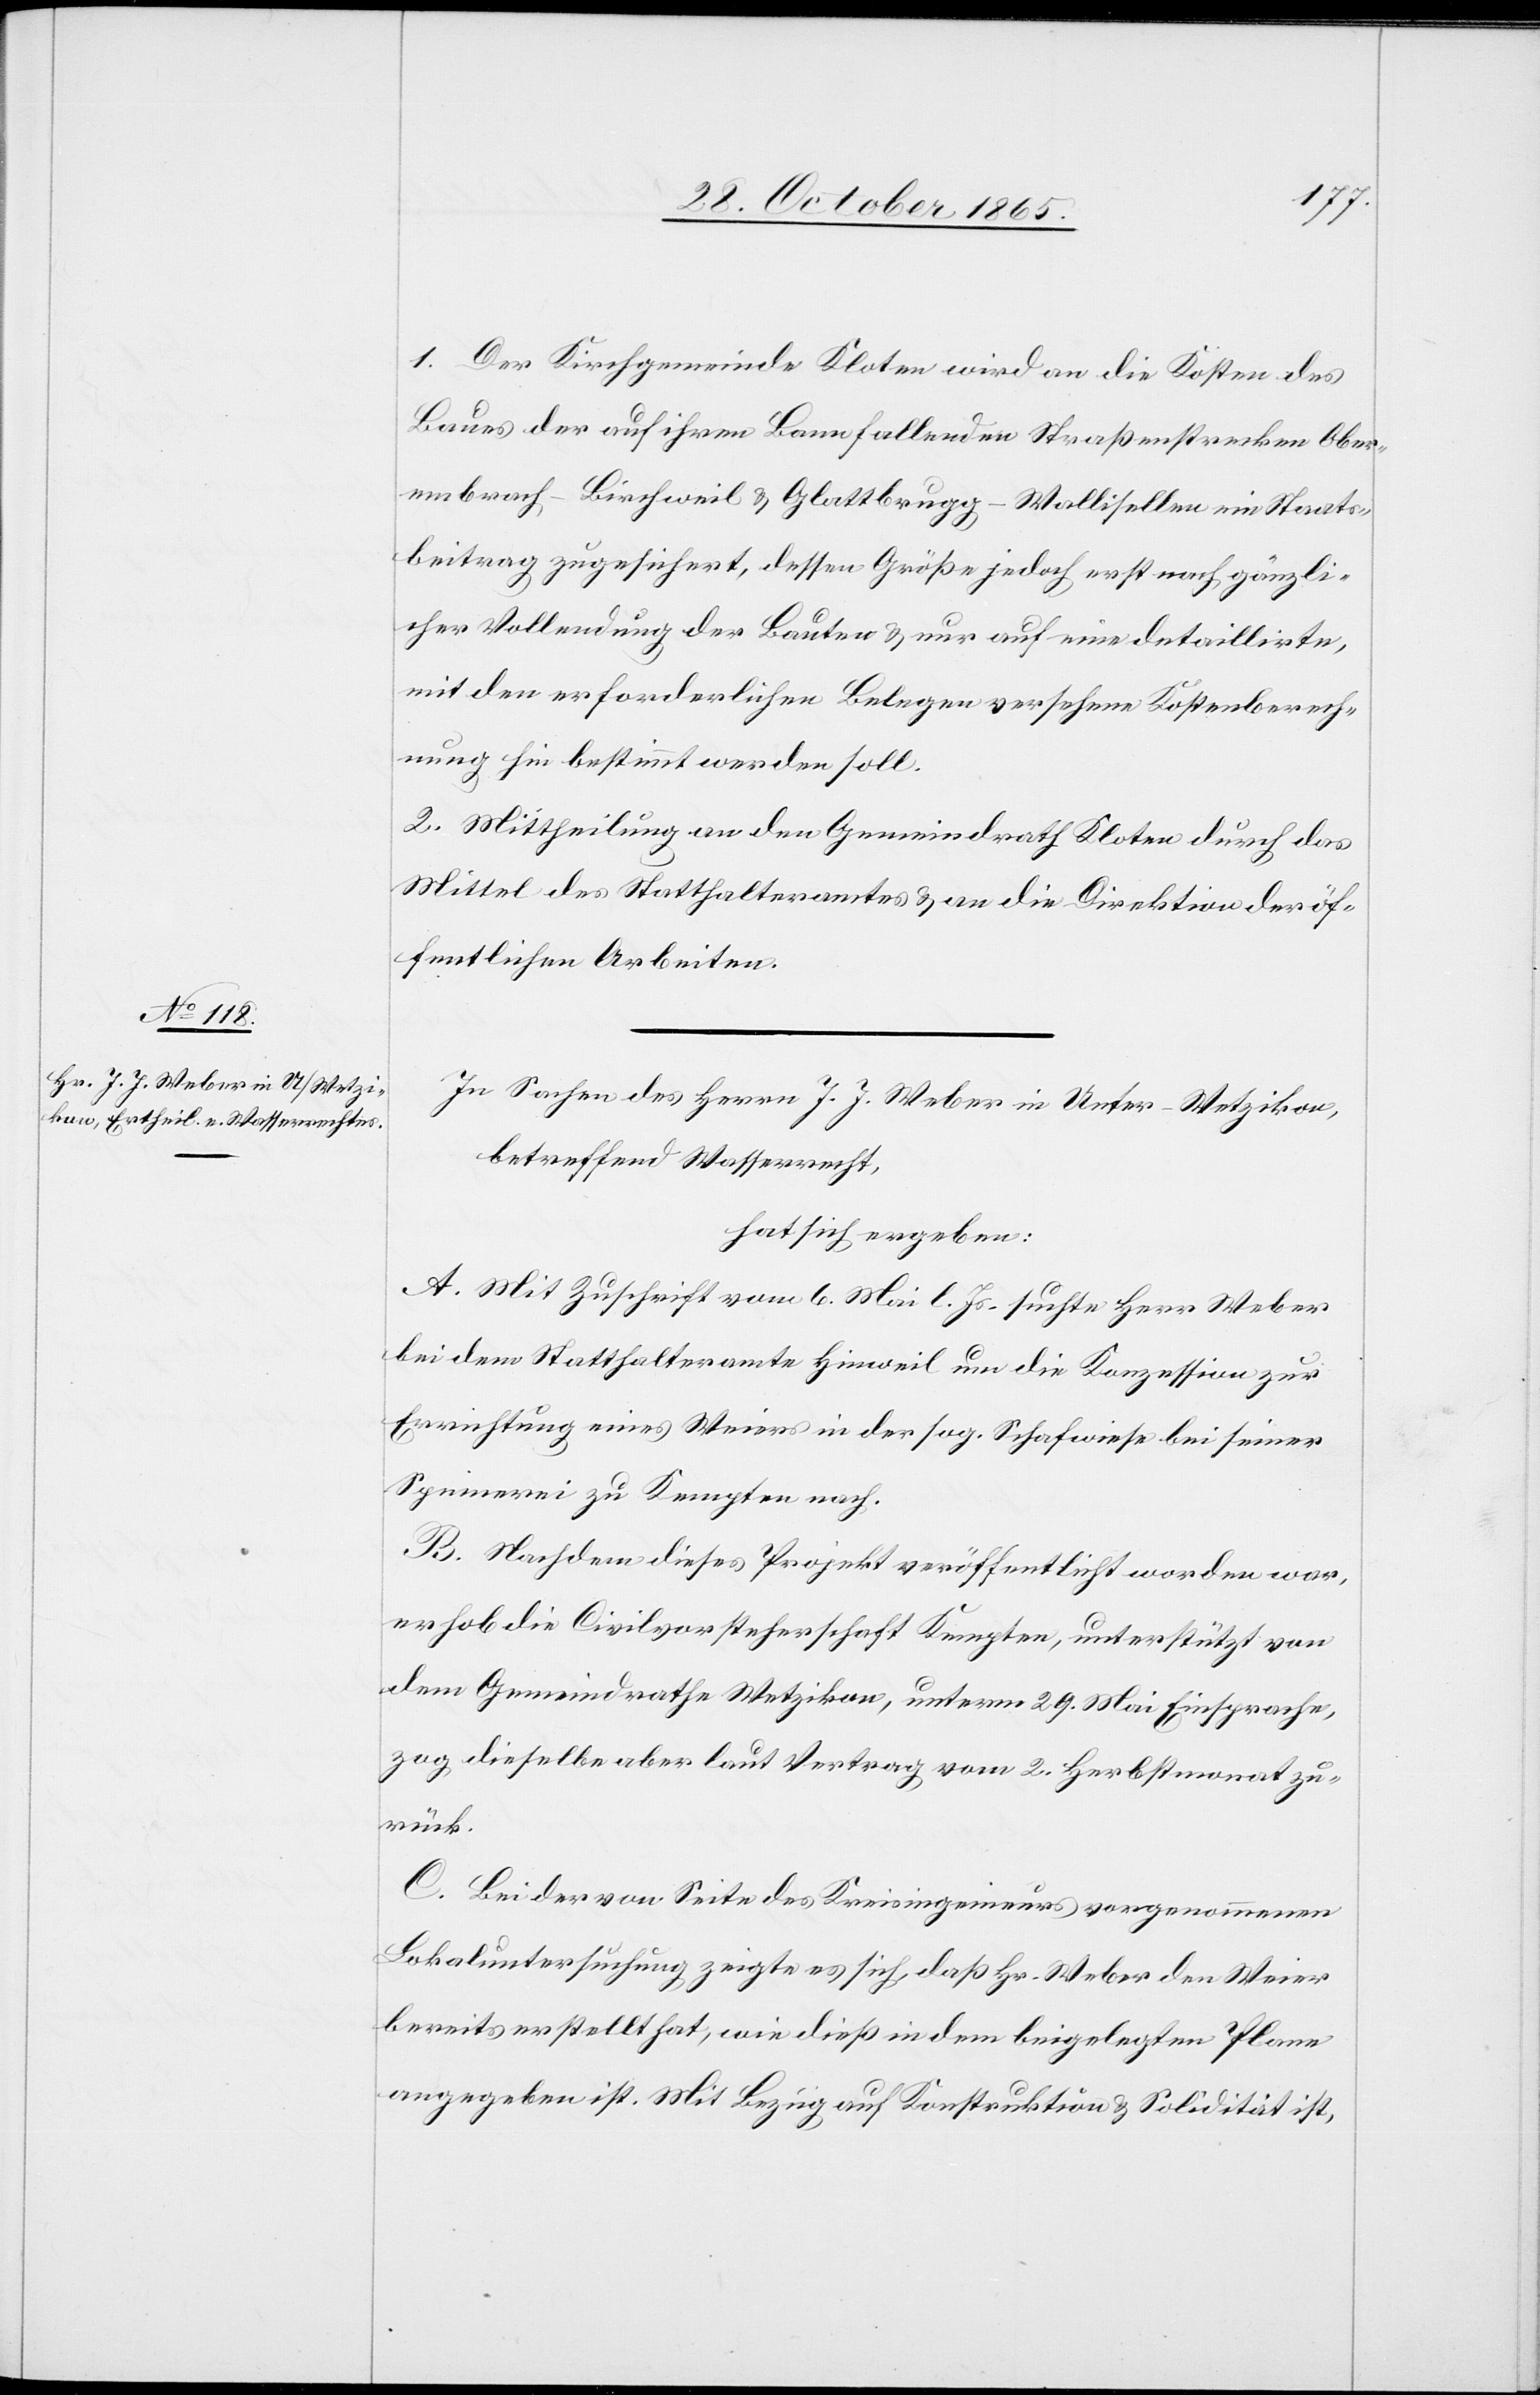
1. Der Kirchgemeinde Kloten wird an die Kosten des
Baues der auf ihren Bann fallenden Straßenstrecken Ober¬
embrach–Birchweil & Glattbrugg–Wallisellen ein Staats¬
beitrag zugesichert, dessen Größe jedoch erst nach gänzli¬
cher Vollendung der Bauten & nur auf eine detaillirte,
mit den erforderlichen Belegen versehene Kostenberech¬
nung hin bestimmt werden soll.
2. Mittheilung an den Gemeindrath Kloten durch das
Mittel des Statthalteramtes & an die Direktion der öf¬
fentlichen Arbeiten.
In Sachen des Herrn J. J. Weber in Unter-Wetzikon,
betreffend Wasserrecht,
hat sich ergeben:
A. Mit Zuschrift vom 6. Mai l. Js. suchte Herr Weber
bei dem Statthalteramte Hinweil um die Konzession zur
Errichtung eines Weiers in der sog. Schafwiese bei seiner
Spinnerei zu Kempten nach.
B. Nachdem dieses Projekt veröffentlicht worden war,
erhob die Civilvorsteherschaft Kempten, unterstützt von
dem Gemeindrathe Wetzikon, unterm 29. Mai Einsprache,
zog dieselbe aber laut Vertrag vom 2. Herbstmonat zu¬
rück.
C. Bei der von Seite des Kreisingenieurs vorgenommenen
Lokaluntersuchung zeigte es sich, daß Hr. Weber den Weier
bereits erstellt hat, wie dieß in dem beigelegten Plane
angegeben ist. Mit Bezug auf Konstruktion & Solidität ist,